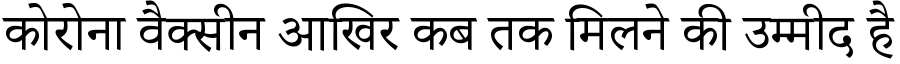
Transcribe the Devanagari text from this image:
कोरोना वैक्सीन आखिर कब तक मिलने की उम्मीद है